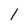
Character: l